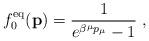
LaTeX: \begin{align*}f_0^{\rm eq}({\bf p}) = { 1 \over e^{\beta^{\mu}p_{\mu}} - 1} \;,\end{align*}